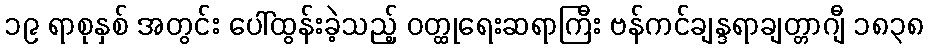
၁၉ ရာစုနှစ် အတွင်း ပေါ်ထွန်းခဲ့သည့် ဝတ္ထုရေးဆရာကြီး ဗန်ကင်ချန္ဒရာချတ္တာဂျီ ၁၈၃၈